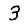
Digit: 3